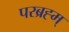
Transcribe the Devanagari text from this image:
परब्रह्म्